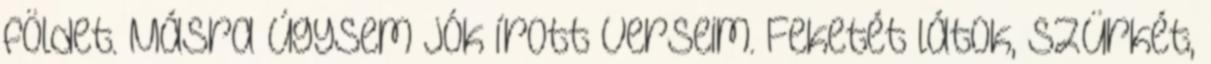
földet. Másra úgysem jók írott verseim. Feketét látok, szürkét,